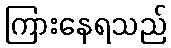
ကြားနေရသည်